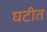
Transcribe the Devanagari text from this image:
घटीत